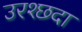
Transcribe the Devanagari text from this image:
उरश्छदा